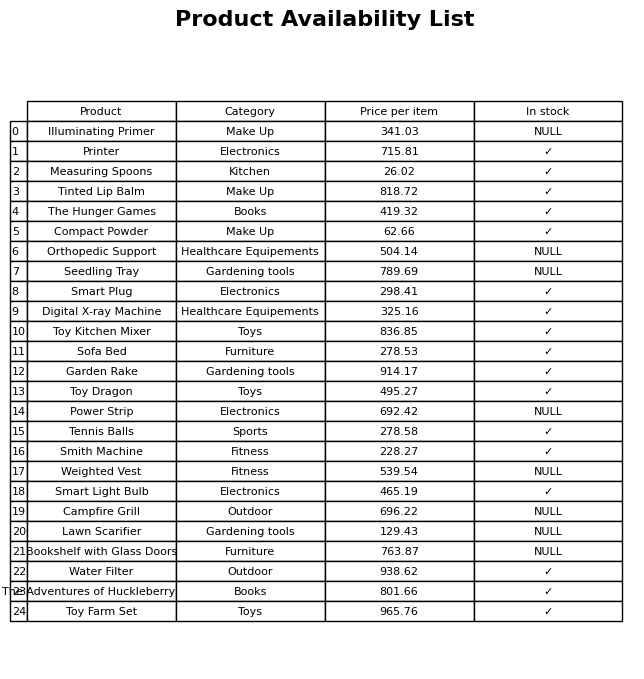
question: Which products are currently out of stock?
answer: Illuminating Primer, Orthopedic Support, Seedling Tray, Power Strip, Weighted Vest, Campfire Grill, Lawn Scarifier, Bookshelf with Glass Doors